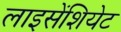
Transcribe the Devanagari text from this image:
लाइसेंशियेट